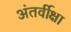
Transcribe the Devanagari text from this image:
अंतर्वीक्षा